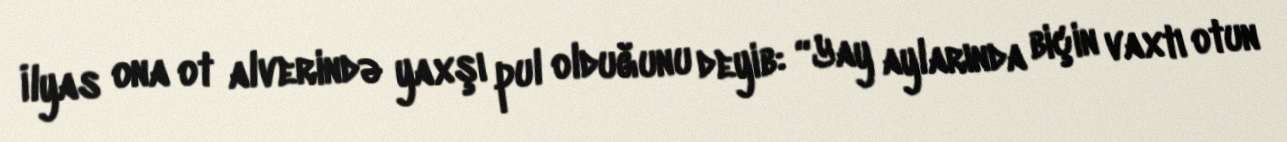
İlyas ona ot alverində yaxşı pul olduğunu deyib: “Yay aylarında biçin vaxtı otun